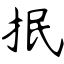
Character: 抿